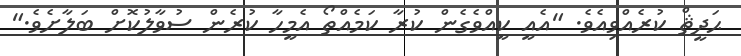
ޙަދީޘް ކުރެއްވިއެވެ. "އެއީ ކީއްވެގެން ކުރާ ކަމެއްތޯ އެމީހާ ކުރެން ސުވާލުކޮށް ބަލާށެވެ."